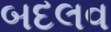
બદલવ